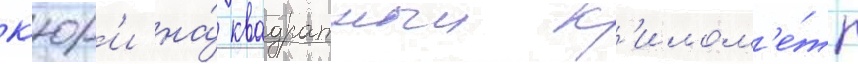
к'юр'и на́ квадратныи к'илом'е́тр